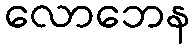
လောဘေန